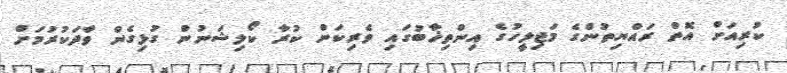
ކުރިއަށް އޮތް ރައްޔިތުންގެ މަޖިލީހުގެ އިންތިޚާބުގައި ވެރިކަން ކުރާ ކޯލިޝަނުން ގުޅިގެން ވާދަކުރުމަށް